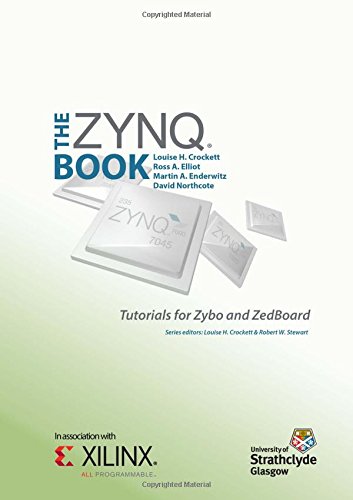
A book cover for The Zynq Book Tutorials for Zybo and ZedBoard; Louise H Crockett; Computers & Technology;